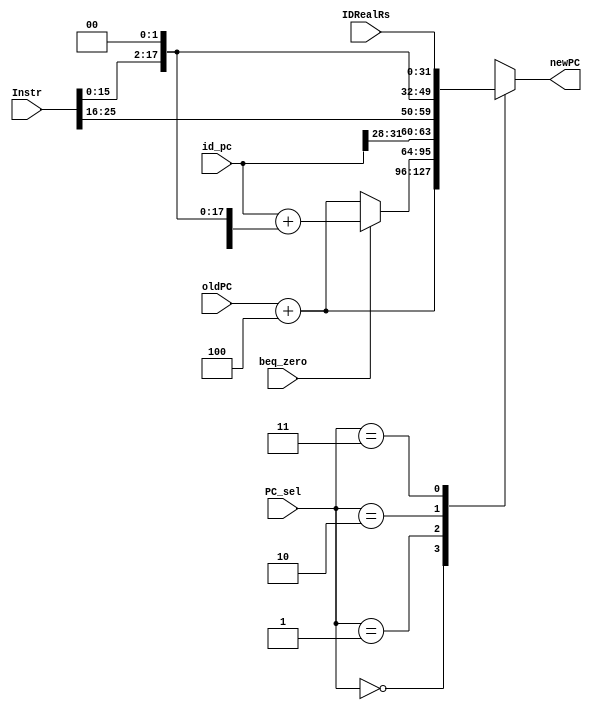
module npc(
    input [31:0] IDRealRs,//outa Gpr[rs]
    input [31:0] oldPC,
    input [31:0] id_pc,
    input [31:0] Instr,
	input beq_zero, 
    input [1:0] PC_sel, //Decide the final input of PC
    output reg [31:0] newPC
    );

	always @(oldPC or Instr or beq_zero or PC_sel or IDRealRs)
    begin
		case(PC_sel)
			2'b00: newPC = oldPC + 4;
			2'b01:
				if(beq_zero == 1) newPC = id_pc + {{14{Instr[15]}},Instr[15:0],2'b00};//control the instruction of BEQ and BNE
				//this expression means : if (rs != rt) PC <- PC+4 + (sign-extend)immediate<<2 
				else newPC = oldPC + 4;	
			2'b10:	 newPC = {id_pc[31:28], Instr[25:0], 2'b00};//that means we jump to the postion defined by the  {id_pc[31:28], Instr[25:0], 2'b00}
            2'b11:   newPC = IDRealRs;// jr get the data (new PC address)directly,which means jump to the position defined by $rs
		endcase
        
	end	 

endmodule